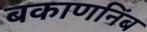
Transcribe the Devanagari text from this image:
बकाणनिंब